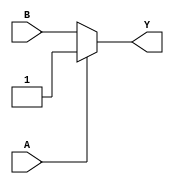
`timescale 1ns / 1ps
//////////////////////////////////////////////////////////////////////////////////
// Company: 
// Engineer: 
// 
// Design Name: 
// Module Name: OR_gate_using_mux
// Project Name: 
// Target Devices: 
// Tool Versions: 
// Description: 
// 
// Dependencies: 
// 
// Revision:
// Revision 0.01 - File Created
// Additional Comments:
// 
//////////////////////////////////////////////////////////////////////////////////


module OR_gate_using_mux (
    input wire A,    // Input A
    input wire B,    // Input B
    output wire Y    // Output Y
);

// Internal wire for the select line of the MUX
wire select;

// Assign select line to input A
assign select = A;

// Implement the 2:1 MUX
assign Y = (select) ? 1 : B;

endmodule